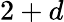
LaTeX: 2+d